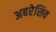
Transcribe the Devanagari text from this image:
अबरेसिव